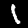
Digit: 1